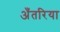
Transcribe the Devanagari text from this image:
अँतरिया